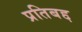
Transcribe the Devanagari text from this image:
प्रतिबद्द